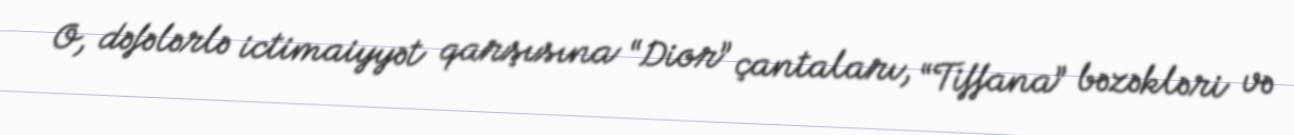
O, dəfələrlə ictimaiyyət qarşısına “Dior” çantaları, “Tiffana” bəzəkləri və